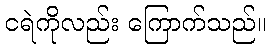
ငရဲကိုလည်း ကြောက်သည်။